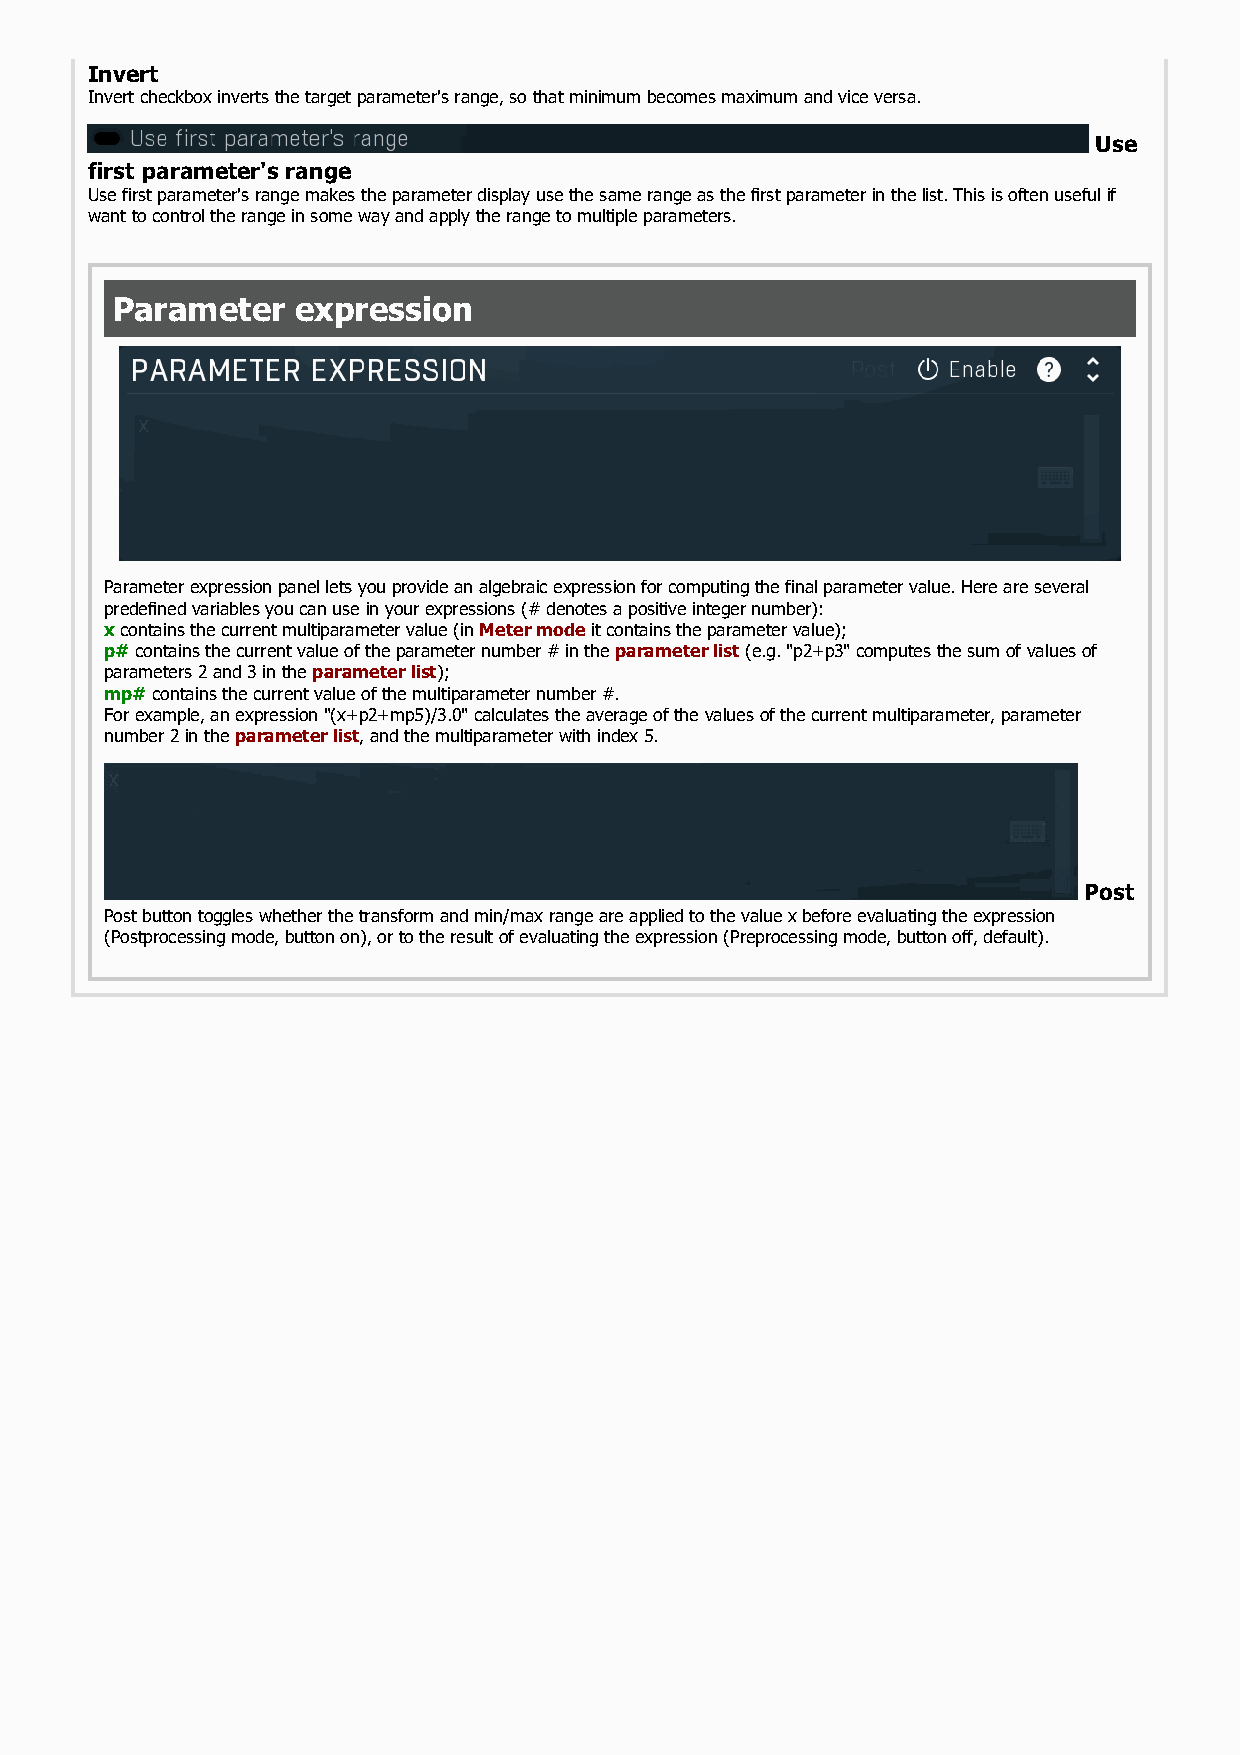
Invert
 Invert checkbox inverts the target parameter's range, so that minimum becomes maximum and vice versa.
 Use
 first parameter's range
 Use first parameter's range makes the parameter display use the same range as the first parameter in the list. This is often useful if
 want to control the range in some way and apply the range to multiple parameters.
 Parameter    expression
 Parameter expression panel lets you provide an algebraic expression for computing the final parameter value. Here are several
 predefined variables you can use in your expressions (# denotes a positive integer number):
 x contains the current multiparameter value (in Meter mode it contains the parameter value);
 p# contains the current value of the parameter number # in the parameter list (e.g. "p2+p3" computes the sum of values of
 parameters 2 and 3 in the parameter list);
 mp# contains the current value of the multiparameter number #.
 For example, an expression "(x+p2+mp5)/3.0" calculates the average of the values of the current multiparameter, parameter
 number 2 in the parameter list, and the multiparameter with index 5.
 Post
 Post button toggles whether the transform and min/max range are applied to the value x before evaluating the expression
 (Postprocessing mode, button on), or to the result of evaluating the expression (Preprocessing mode, button off, default).